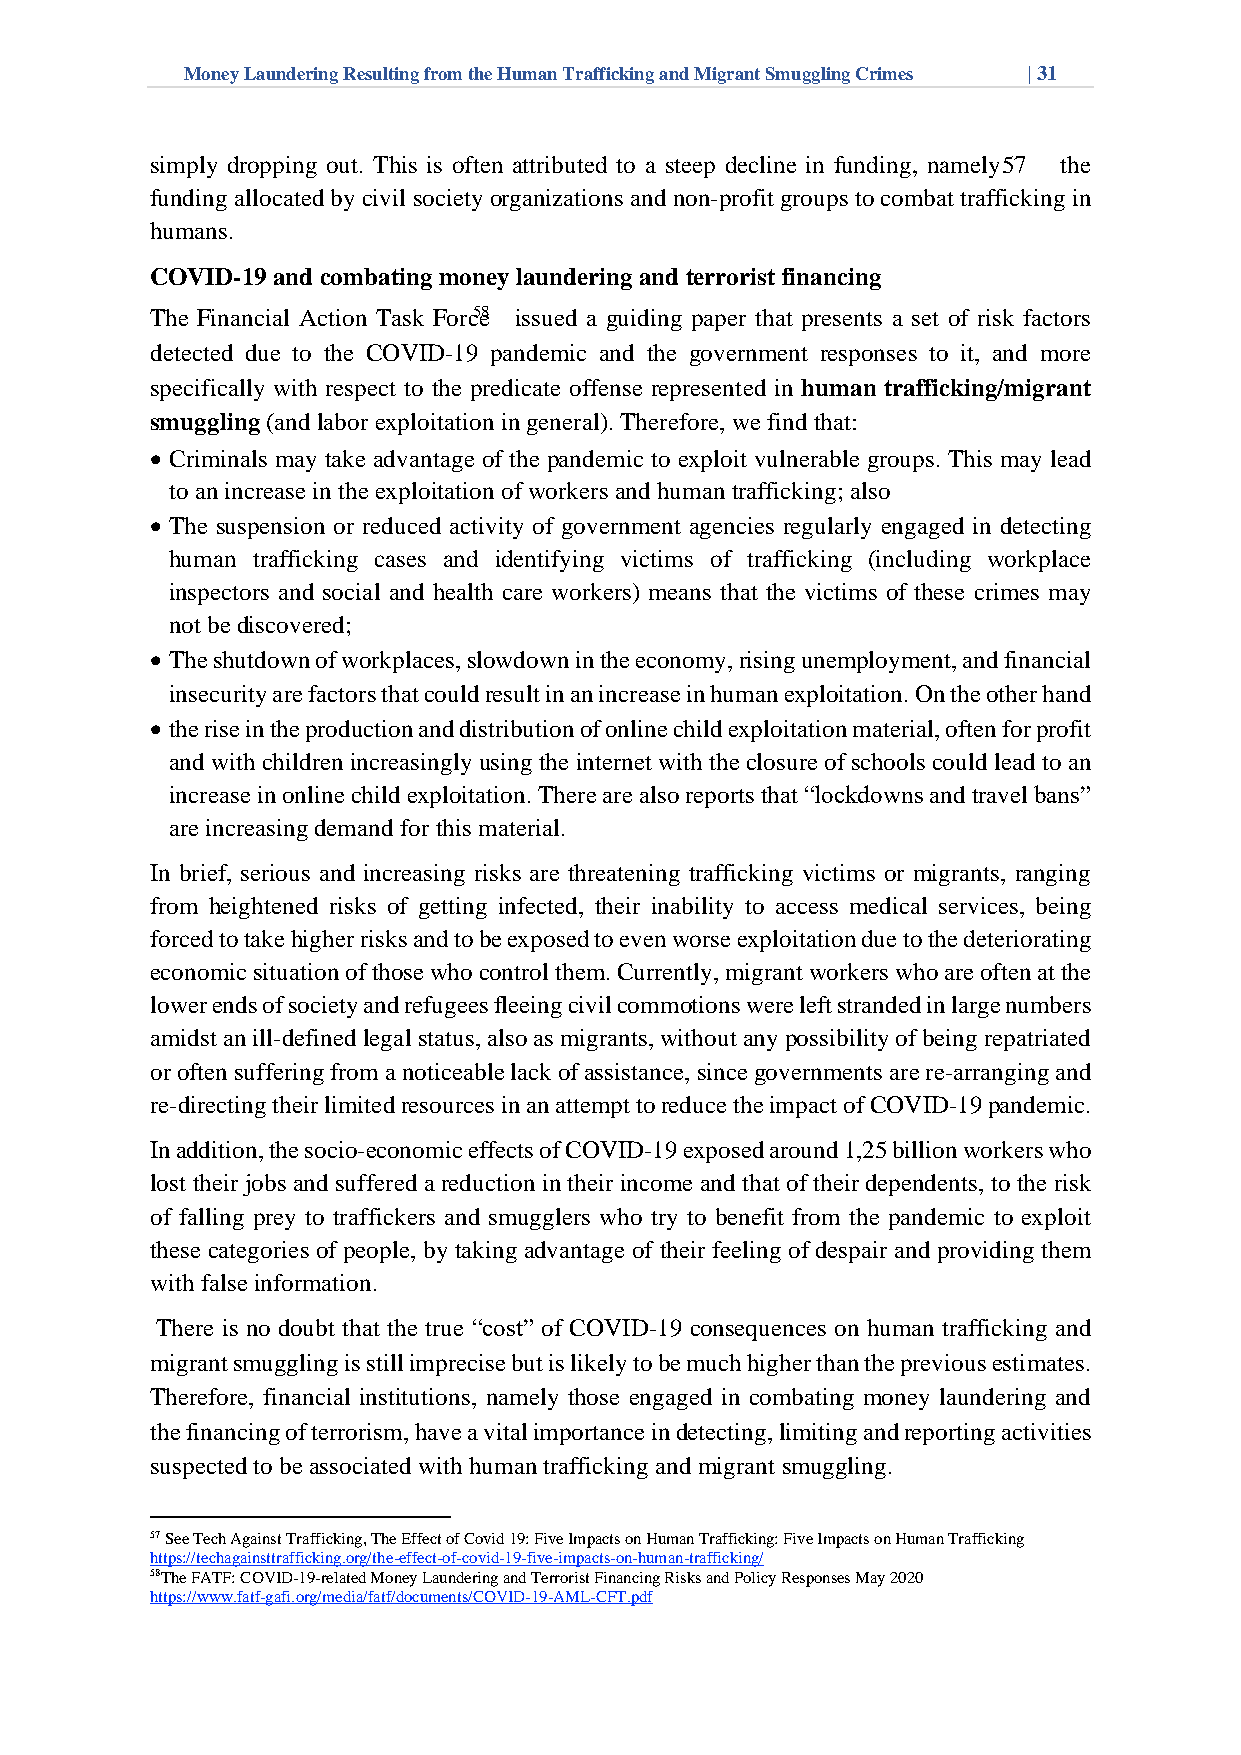
Money Laundering Resulting from the Human Trafficking and Migrant Smuggling Crimes | 31
 simply dropping out. This is often attributed to a steep decline in funding, namely 5 7 the
 funding allocated by civil society organizations and non-profit groups to combat trafficking in
 humans.
 COVID-19 and combating money laundering and terrorist financing
 The Financial Action Task Forc5e8 issued a guiding paper that presents a set of risk factors
 detected due to the COVID-19 pandemic and the government responses to it, and more
 specifically with respect to the predicate offense represented in human trafficking/migrant
 smuggling (and labor exploitation in general). Therefore, we find that:
 • Criminals may take advantage of the pandemic to exploit vulnerable groups. This may lead
 to an increase in the exploitation of workers and human trafficking; also
 • The suspension or reduced activity of government agencies regularly engaged in detecting
 human trafficking cases and identifying victims of trafficking (including workplace
 inspectors and social and health care workers) means that the victims of these crimes may
 not be discovered;
 • The shutdown of workplaces, slowdown in the economy, rising unemployment, and financial
 insecurity are factors that could result in an increase in human exploitation. On the other hand
 • the rise in the production and distribution of online child exploitation material, often for profit
 and with children increasingly using the internet with the closure of schools could lead to an
 increase in online child exploitation. There are also reports that “lockdowns and travel bans”
 are increasing demand for this material.
 In brief, serious and increasing risks are threatening trafficking victims or migrants, ranging
 from heightened risks of getting infected, their inability to access medical services, being
 forced to take higher risks and to be exposed to even worse exploitation due to the deteriorating
 economic situation of those who control them. Currently, migrant workers who are often at the
 lower ends of society and refugees fleeing civil commotions were left stranded in large numbers
 amidst an ill-defined legal status, also as migrants, without any possibility of being repatriated
 or often suffering from a noticeable lack of assistance, since governments are re-arranging and
 re-directing their limited resources in an attempt to reduce the impact of COVID-19 pandemic.
 In addition, the socio-economic effects of COVID-19 exposed around 1,25 billion workers who
 lost their jobs and suffered a reduction in their income and that of their dependents, to the risk
 of falling prey to traffickers and smugglers who try to benefit from the pandemic to exploit
 these categories of people, by taking advantage of their feeling of despair and providing them
 with false information.
 There is no doubt that the true “cost” of COVID-19 consequences on human trafficking and
 migrant smuggling is still imprecise but is likely to be much higher than the previous estimates.
 Therefore, financial institutions, namely those engaged in combating money laundering and
 the financing of terrorism, have a vital importance in detecting, limiting and reporting activities
 suspected to be associated with human trafficking and migrant smuggling.
 57 See Tech Against Trafficking, The Effect of Covid 19: Five Impacts on Human Trafficking: Five Impacts on Human Trafficking
 https://techagainsttrafficking.org/the-effect-of-covid-19-five-impacts-on-human-trafficking/
 58The FATF: COVID-19-related Money Laundering and Terrorist Financing Risks and Policy Responses May 2020
 https://www.fatf-gafi.org/media/fatf/documents/COVID-19-AML-CFT.pdf